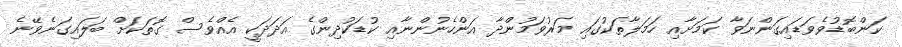
ކަންބޮޑުވެވަޑައިގަންނަވާ ކަމަށާއި ހަމަލާތަކުގައި މަރުވަމުންދާ އަންހެނުންނާއި ކުޑަކުދިންގެ އަދަދަކީ އެއްވެސް ގޮތަކަށް ބަލައިގަނެވޭނެ